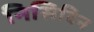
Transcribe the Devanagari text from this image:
निसिदिन